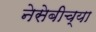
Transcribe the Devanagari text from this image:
नेसेबीच्या